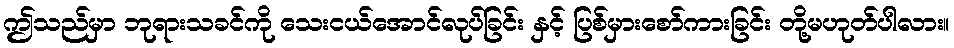
ဤသည်မှာ ဘုရားသခင်ကို သေးငယ်အောင်လုပ်ခြင်း နှင့် ပြစ်မှားစော်ကားခြင်း တို့မဟုတ်ပါလား။